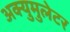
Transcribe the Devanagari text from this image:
अक्युमुलेटर